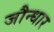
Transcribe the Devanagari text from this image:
जौन्धार